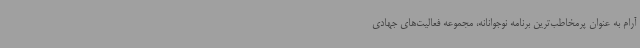
آرام به عنوان پرمخاطب‌ترین برنامه نوجوانانه، مجموعه فعالیت‌های جهادی